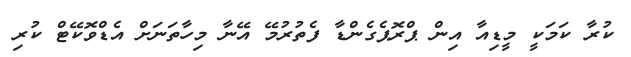
ކުރާ ކަމަކީ މީޑިއާ އިން ޕްރޮޕެގެންޑާ ފެތުރުމޭ އޭނާ މިހާތަނަށް އެޑްވޮކޭޓް ކުރި